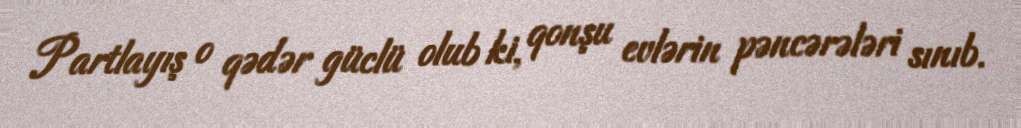
Partlayış o qədər güclü olub ki, qonşu evlərin pəncərələri sınıb.